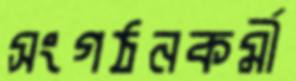
সংগঠনকর্মী